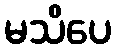
မသိပေ